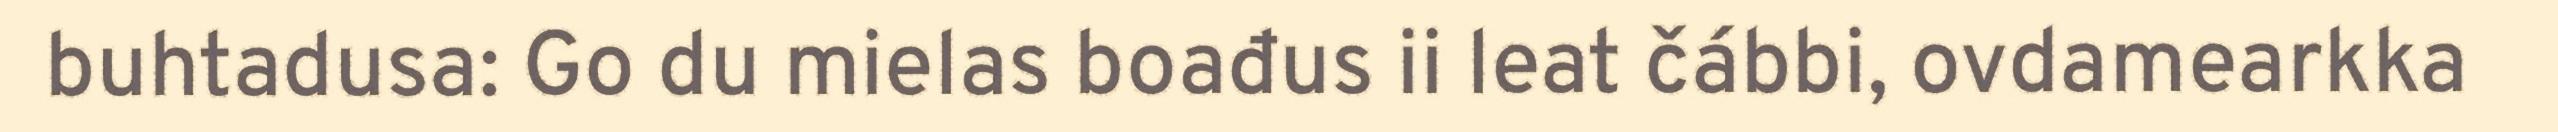
buhtadusa: Go du mielas boađus ii leat čábbi, ovdamearkka